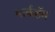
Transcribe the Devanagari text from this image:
मार्कहॅम